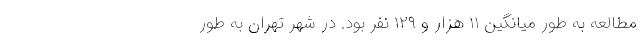
مطالعه به طور میانگین ۱۱ هزار و ۱۲۹ نفر بود. در شهر تهران به طور